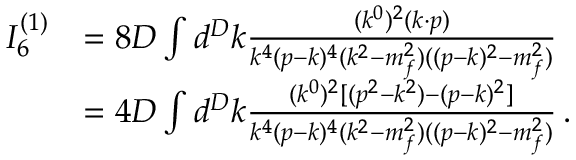
\begin{array} { r l } { I _ { 6 } ^ { ( 1 ) } } & { = 8 D \int d ^ { D } k \frac { ( k ^ { 0 } ) ^ { 2 } ( k \cdot p ) } { k ^ { 4 } ( p - k ) ^ { 4 } ( k ^ { 2 } - m _ { f } ^ { 2 } ) ( ( p - k ) ^ { 2 } - m _ { f } ^ { 2 } ) } } \\ & { = 4 D \int d ^ { D } k \frac { ( k ^ { 0 } ) ^ { 2 } [ ( p ^ { 2 } - k ^ { 2 } ) - ( p - k ) ^ { 2 } ] } { k ^ { 4 } ( p - k ) ^ { 4 } ( k ^ { 2 } - m _ { f } ^ { 2 } ) ( ( p - k ) ^ { 2 } - m _ { f } ^ { 2 } ) } \, . } \end{array}